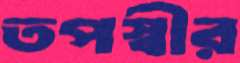
তপস্বীর